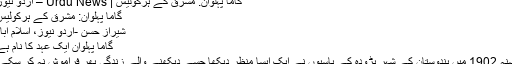
گاما پہلوان: مشرق کے ہرکولیس | Urdu News – اردو نیوز
گاما پہلوان: مشرق کے ہرکولیس
شیراز حسن -اردو نیوز، اسلام آباد
گاما پہلوان ایک عہد کا نام ہے
سنہ 1902 میں ہندوستان کے شہر بڑودہ کے باسیوں نے ایک ایسا منظر دیکھا جسے دیکھنے والے زندگی بھر فراموش نہ کر سکے۔